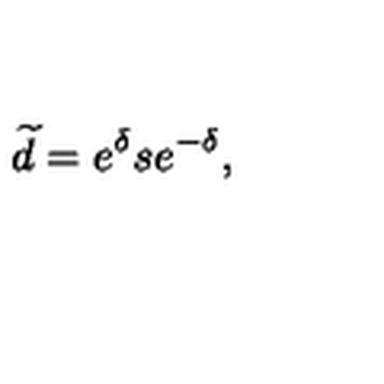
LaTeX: \widetilde { d } = e ^ { \delta } s e ^ { - \delta } ,